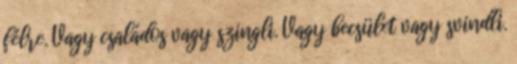
félre. Vagy családos vagy szingli. Vagy becsület vagy svindli.